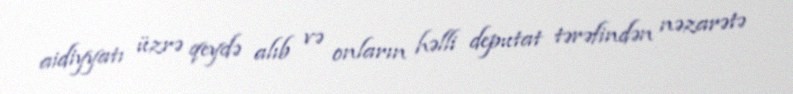
aidiyyatı üzrə qeydə alıb və onların həlli deputat tərəfindən nəzarətə